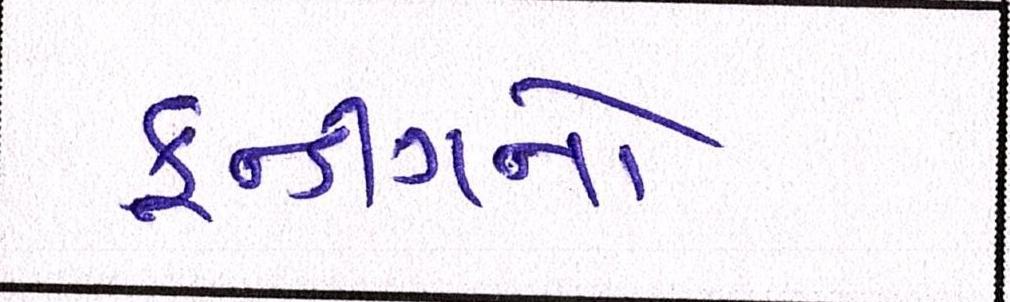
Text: ફન્ડીંગનો